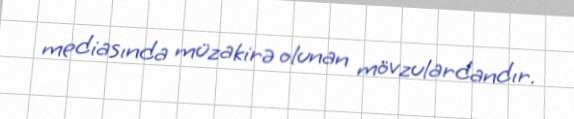
mediasında müzakirə olunan mövzulardandır.